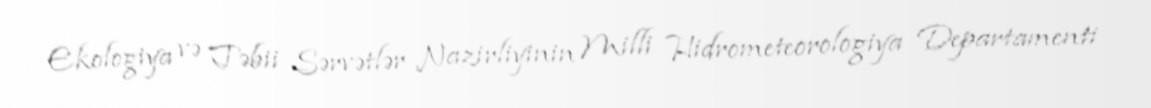
Ekologiya və Təbii Sərvətlər Nazirliyinin Milli Hidrometeorologiya Departamenti